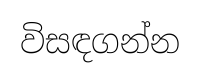
විසඳගන්න